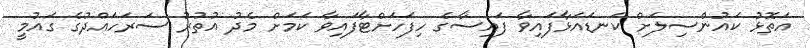
އަތޮޅު ކައުންސިލަށް ކަނޑައަޅާފައިވާ ފައިސާގެ ހިފަހަށްޓާފައިވާ ކަމަށް މެދު އުތުރު ސަރަހައްދުގެ ގައުމީ